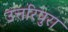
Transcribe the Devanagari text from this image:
उत्तरिपुरा